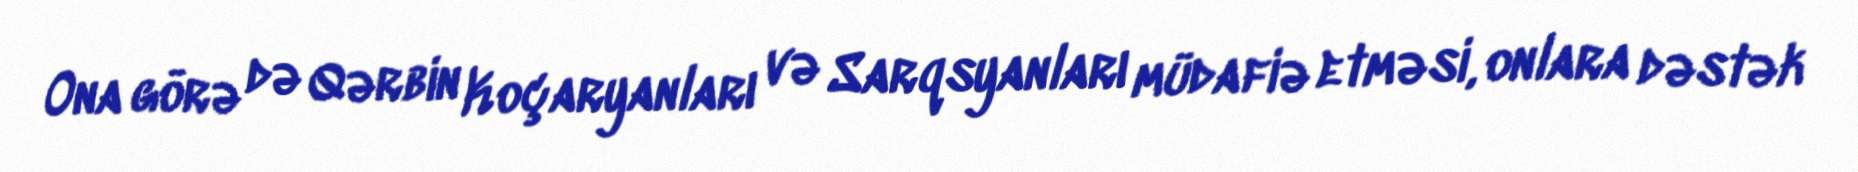
Ona görə də Qərbin Koçaryanları və Sarqsyanları müdafiə etməsi, onlara dəstək